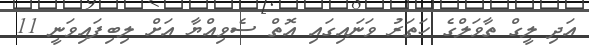
އަދި ލީގް ތާވަލްގެ ހަތަރު ވަނައިގައި އޮތް ސެވިއްޔާ އަށް ލިބިފައިވަނީ 11